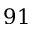
9 1